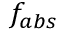
f _ { a b s }